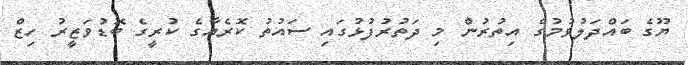
ޔޫގެ ބައްދަލުވުމުގެ އިތުރުން މި ދަތުރުފުޅުގައި ސައުތު ކޮރެއާގެ ކުރީގެ ބޮޑުވަޒީރު ހިޒް